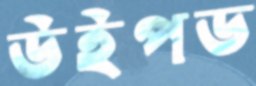
উইপড